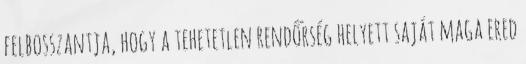
felbosszantja, hogy a tehetetlen rendőrség helyett saját maga ered